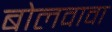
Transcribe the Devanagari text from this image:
बोलवावा